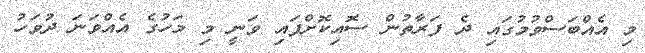
މި އެއްބަސްވުމުގައި ދެ ފަރާތުން ސޮއިކޮށްފައި ވަނީ މި މަހުގެ އެއްވަނަ ދުވަހު